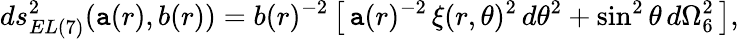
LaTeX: ds_{EL(7)}^{2}(\mathtt{a}(r),b(r))=b(r)^{-2}\left[\, \mathtt{a}(r)^{-2}\, \xi(r,\theta)^{2}\, d\theta^{2}+\sin^{2}\theta\, d\Omega_{6}^{2}\, \right],